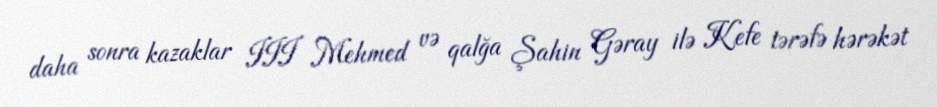
daha sonra kazaklar III Mehmed və qalğa Şahin Gəray ilə Kefe tərəfə hərəkət